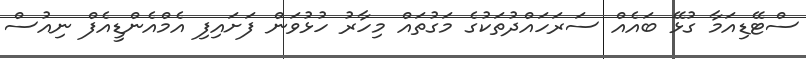
ސްޓޭޑިއަމާ ގުޅޭ ބައެއް ސަރަހައްދުތަކުގެ މަގުތައް މިހާރު ހުޅުވަން ފަށައިފި އެމްއެންޑީއެފް ނިއުސް